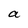
Character: a